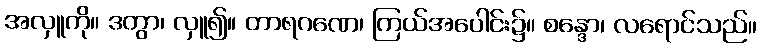
အလှူကို။ ဒတွာ၊ လှူ၍။ တာရဂဏေ၊ ကြယ်အပေါင်း၌။ စန္ဒော၊ လရောင်သည်။